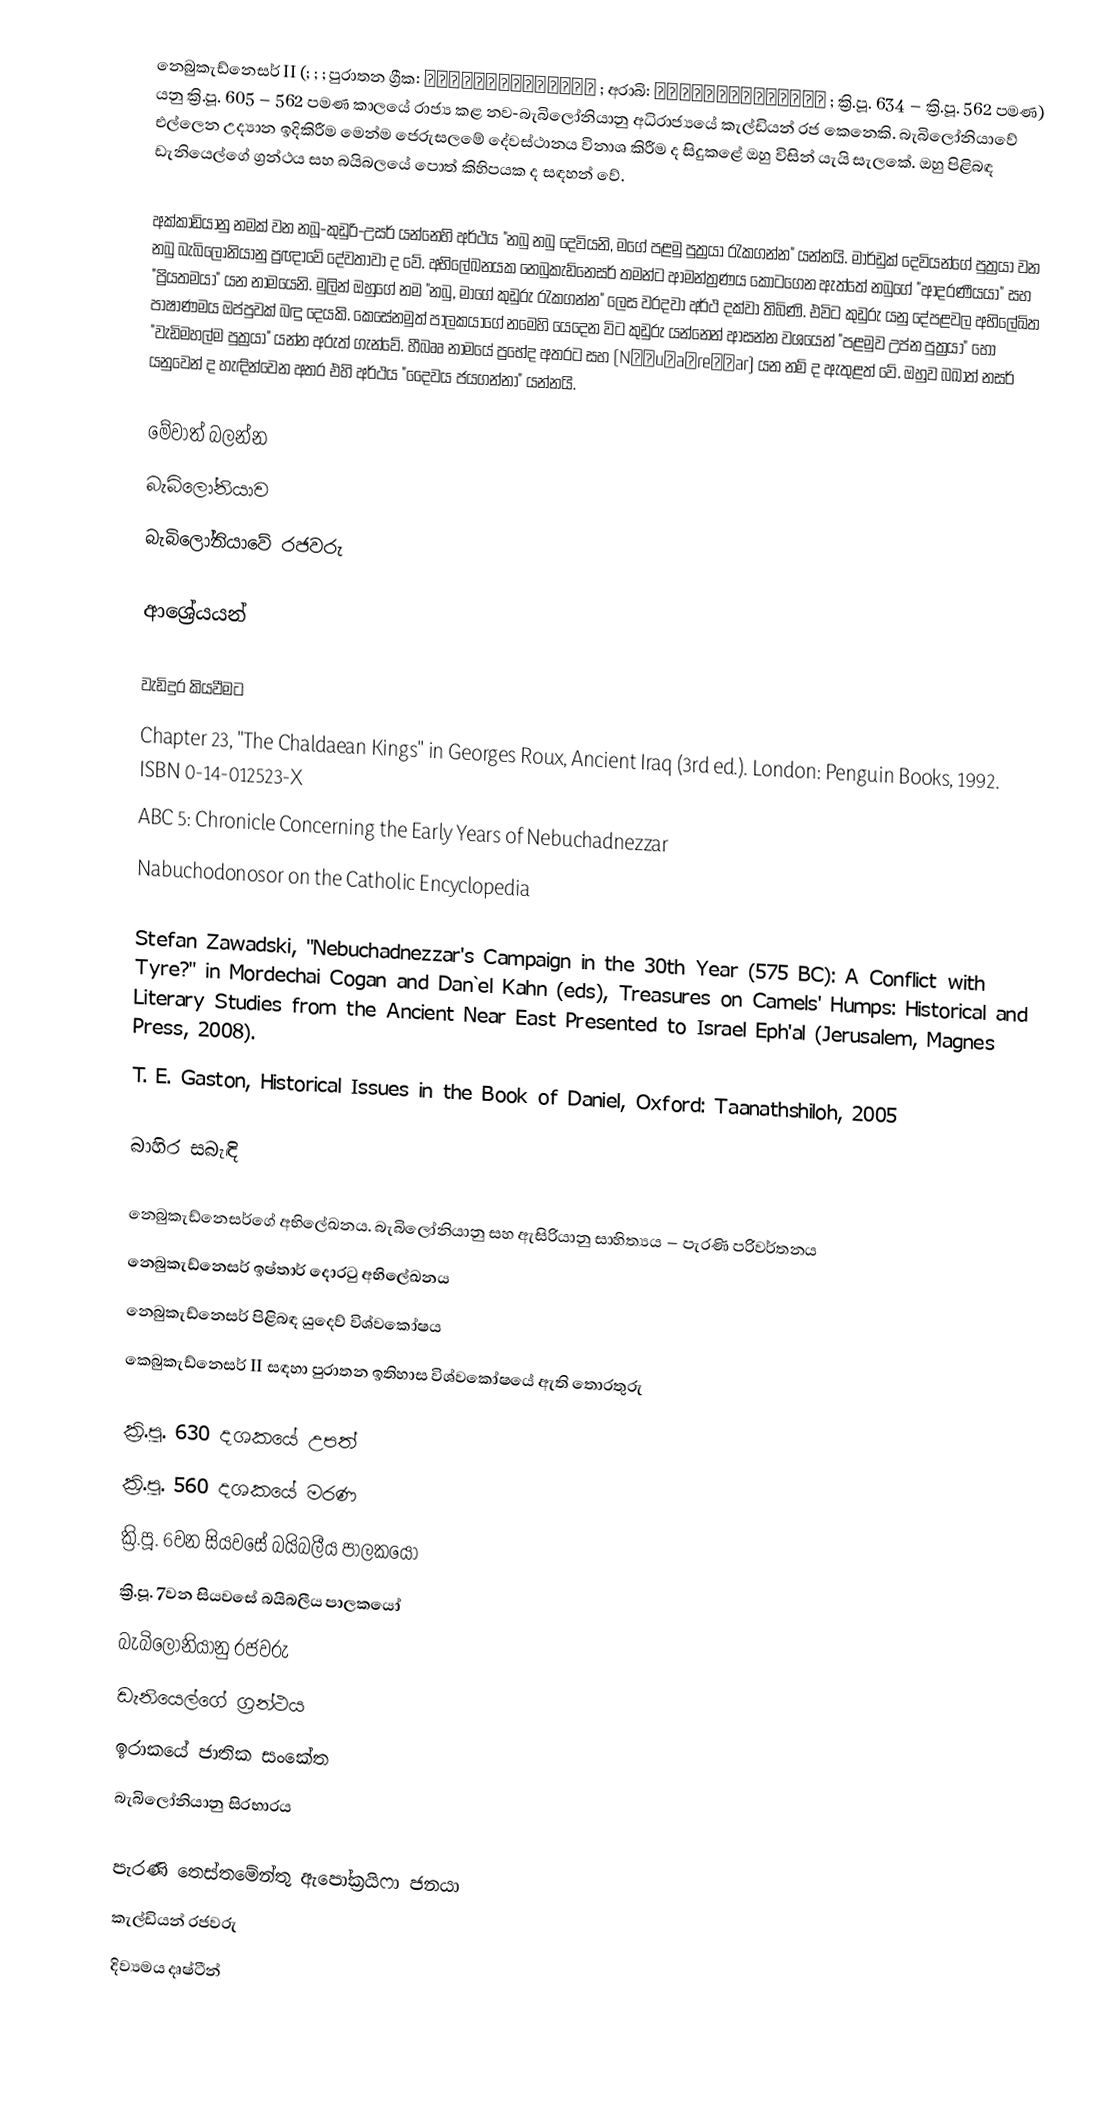
නෙබුකැඩ්නෙසර් II (; ;  ; පුරාතන ග්‍රීක: Ναβουχοδονόσωρ ; අරාබි: نِبُوخَذنِصَّر ; ක්‍රි.පූ. 634 – ක්‍රි.පූ. 562 පමණ) යනු ක්‍රි.පූ. 605 – 562 පමණ කාලයේ රාජ්‍ය කළ නව-බැබිලෝනියානු අධිරාජ්‍යයේ කැල්ඩියන් රජ කෙනෙකි. බැබිලෝනියාවේ එල්ලෙන උද්‍යාන ඉදිකිරීම මෙන්ම ජෙරුසලමේ දේවස්ථානය විනාශ කිරීම ද සිදුකළේ ඔහු විසින් යැයි සැලකේ. ඔහු පිළිබඳ ඩැනියෙල්ගේ ග්‍රන්ථය සහ බයිබලයේ පොත් කිහිපයක ද සඳහන් වේ.

අක්කාඩියානු නමක් වන නබූ-කුඩුරි-උසර් යන්නෙහි අර්ථය "නබු නබු දෙවියනි, මගේ පළමු පුත්‍රයා රැකගන්න" යන්නයි. මාර්ඩුක් දෙවියන්ගේ පුත්‍රයා වන නබු බැබිලෝනියානු ප්‍රඥාවේ දේවතාවා ද වේ. අභිලේඛනයක නෙබුකැඩ්නෙසර් තමන්ට ආමන්ත්‍රණය කොටගෙන ඇත්තේ නබුගේ "ආදරණීයයා" සහ "ප්‍රියතමයා" යන නාමයෙනි. මුලින් ඔහුගේ නම "නබු, මාගේ කුඩුරු රැකගන්න" ලෙස වරදවා අර්ථ දක්වා තිබිණි. එවිට කුඩුරු යනු දේපළවල අභිලේඛිත පාෂාණමය ඔප්පුවක් බඳු දෙයකි. කෙසේනමුත් පාලකයාගේ නමෙහි යෙදෙන විට කුඩුරු යන්නෙන් ආසන්න වශයෙන් "පළමුව උප්න පුත්‍රයා" හෝ "වැඩිමහල්ම පුත්‍රයා" යන්න අරුත් ගැන්වේ. හීබෲ නාමයේ ප්‍රභේද අතරට  සහ  (Nəḇuḵaḏreṣṣar) යන නම් ද ඇතුළත් වේ. ඔහුව බඛාත් නසර් යනුවෙන් ද හැඳින්වෙන අතර එහි අර්ථය "දෛවය ජයගන්නා" යන්නයි.

මේවාත් බලන්න
බැබිලෝනියාව
බැබිලෝනියාවේ රජවරු

ආශ්‍රේයයන්

වැඩිදුර කියවීමට
 Chapter 23, "The Chaldaean Kings" in Georges Roux, Ancient Iraq (3rd ed.). London: Penguin Books, 1992. ISBN 0-14-012523-X
 ABC 5: Chronicle Concerning the Early Years of Nebuchadnezzar
 Nabuchodonosor on the Catholic Encyclopedia

 Stefan Zawadski, "Nebuchadnezzar's Campaign in the 30th Year (575 BC): A Conflict with Tyre?" in Mordechai Cogan and Dan`el Kahn (eds), Treasures on Camels' Humps: Historical and Literary Studies from the Ancient Near East Presented to Israel Eph'al (Jerusalem, Magnes Press, 2008).
 T. E. Gaston, Historical Issues in the Book of Daniel, Oxford: Taanathshiloh, 2005

බාහිර සබැඳි

 නෙබුකැඩ්නෙසර්ගේ අභිලේඛනය. බැබිලෝනියානු සහ ඇසිරියානු සාහිත්‍යය – පැරණි පරිවර්තනය
 නෙබුකැඩ්නෙසර් ඉෂ්තාර් දොරටු අභිලේඛනය
 නෙබුකැඩ්නෙසර් පිළිබඳ යුදෙව් විශ්වකෝෂය
 කෙබුකැඩ්නෙසර් II සඳහා පුරාතන ඉතිහාස විශ්වකෝෂයේ ඇති තොරතුරු

ක්‍රි.පූ. 630 දශකයේ උපත්
ක්‍රි.පූ. 560 දශකයේ මරණ
ක්‍රි.පූ. 6වන සියවසේ බයිබලීය පාලකයෝ
ක්‍රි.පූ. 7වන සියවසේ බයිබලීය පාලකයෝ
බැබි‍ලෝනියානු රජවරු
ඩැනියෙල්ගේ ග්‍රන්ථය
ඉරාකයේ ජාතික සංකේත
බැබිලෝනියානු සිරභාරය

පැරණි තෙස්තමේන්තු ඇපෝක්‍රයිෆා ජනයා
කැල්ඩියන් රජවරු
දිව්‍යමය දෘෂ්ටීන්